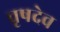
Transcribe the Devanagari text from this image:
वृषदेव